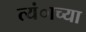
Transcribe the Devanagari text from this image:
त्यंाच्या